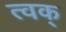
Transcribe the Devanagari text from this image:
त्वक्‌